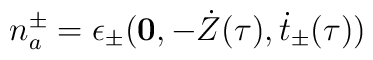
n^{\pm}_a=\epsilon_{\pm}({\bf 0}, -\dot Z(\tau), \dot t_{\pm}(\tau))